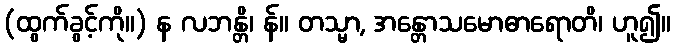
(ထွက်ခွင့်ကို။) န လဘန္တိ၊ န်။ တသ္မာ, အန္တောသမောဓာရောတိ၊ ဟူ၍။